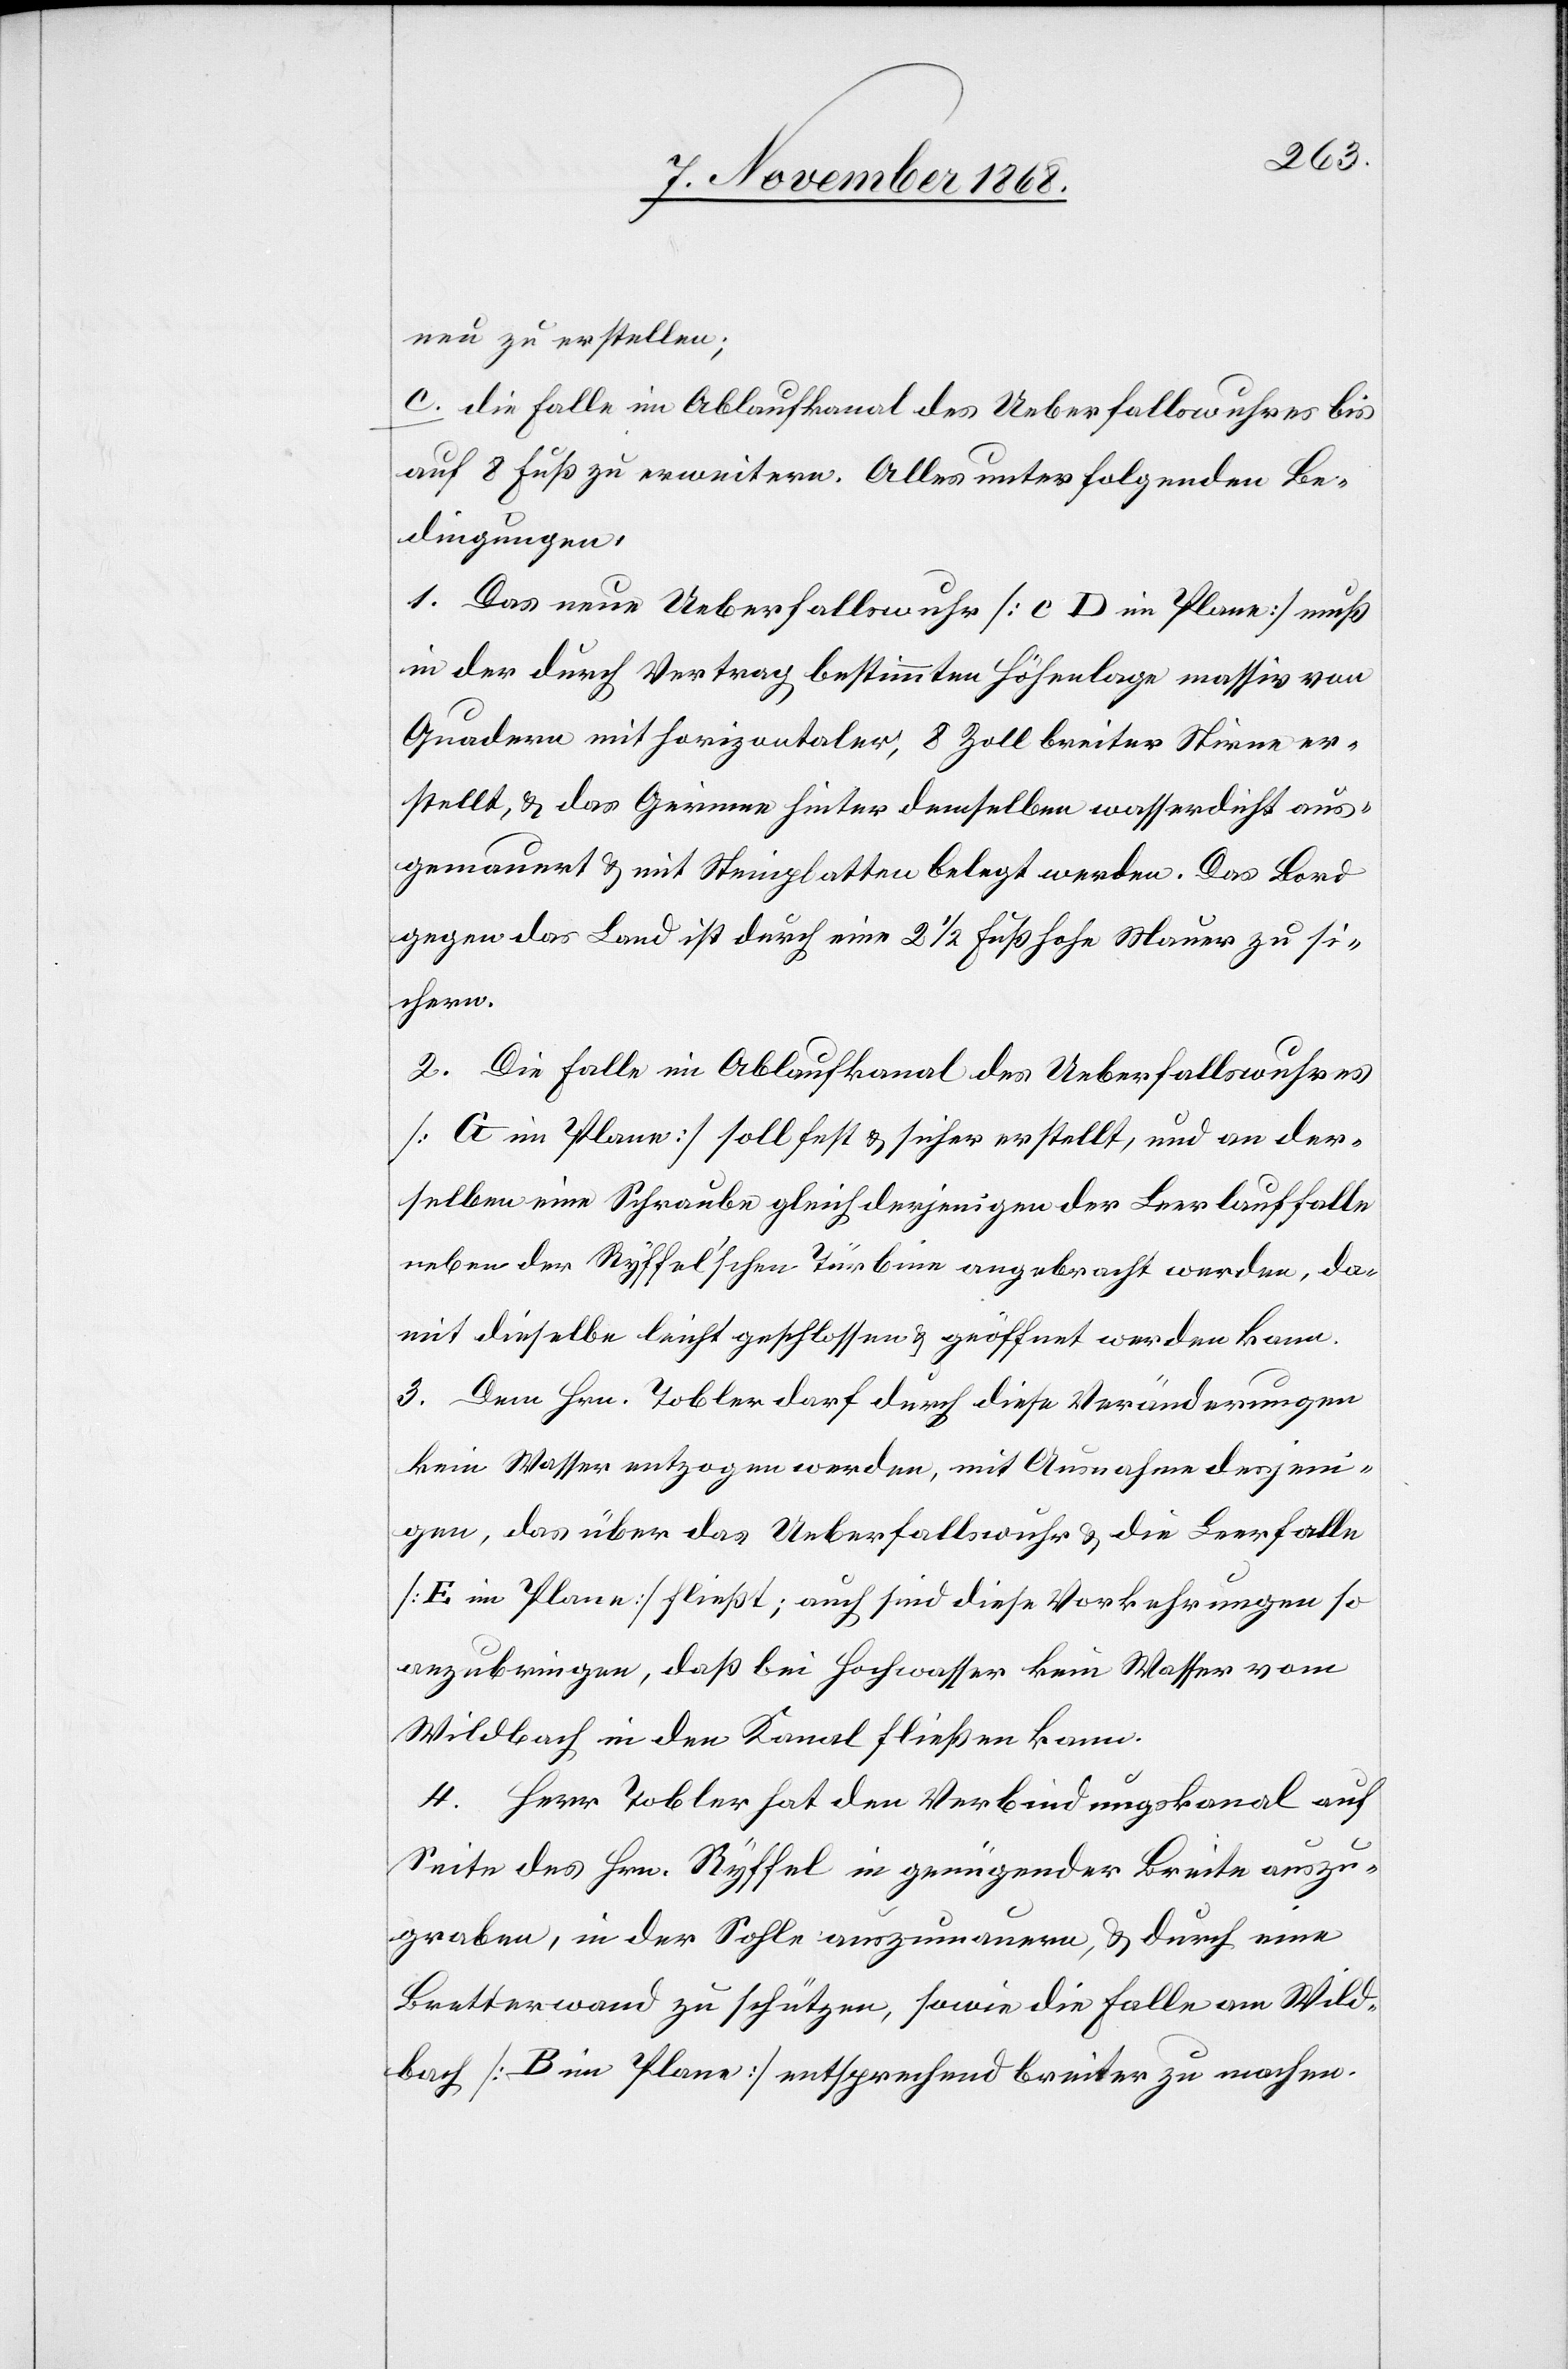
neu zu erstellen;
c. die Falle im Ablaufkanal des Ueberfallswuhres bis
auf 8 Fuß zu erweitern. Alles unter folgenden Be¬
dingungen:
1. Das neue Ueberfallswuhr [c D im Plane] muß
in der durch Vertrag bestimmten Höhenlage massiv von
Quadern mit horizontaler, 8 Zoll breiter Stirne er¬
stellt, & das Gerinne hinter demselben wasserdicht aus¬
gemauert & mit Steinplatten belegt werden. Das Bord
gegen das Land ist durch eine 2 1/2 Fuß hohe Mauer zu si¬
chern.
2. Die Falle im Ablaufkanal des Ueberfallswuhres
[G im Plane] soll fest & sicher erstellt, und an der¬
selben eine Schraube gleich derjenigen der Leerlauffalle
neben der Ryffel’schen Türbine angebracht werden, da¬
mit dieselbe leicht geschlossen & geöffnet werden kann.
3. Dem Hrn. Tobler darf durch diese Veränderungen
kein Wasser entzogen werden, mit Ausnahme desjeni¬
gen, das über das Ueberfallswuhr & die Leerfalle
[E im Plane] fließt; auch sind diese Vorkehrungen so
anzubringen, daß bei Hochwasser kein Wasser vom
Wildbach in den Kanal fließen kann.
4. Herr Tobler hat den Verbindungskanal auf
Seite des Hrn. Ryffel in genügender Breite auszu¬
graben, in der Sohle auszumauern, & durch eine
Bretterwand zu schützen, sowie die Falle am Wild¬
bach [B im Plane] entsprechend breiter zu machen.